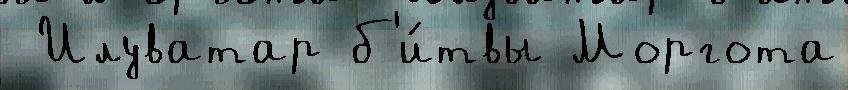
 Илуватар б'и́твы Моргота